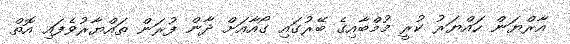
އާރްޔަން ހައްޔަރު ކުރީ މުމްބާއިގެ ބޭރުގައި ގޯއާއަށް ދާން ފުރަން ތައްޔާރުވެފައި އޮތް